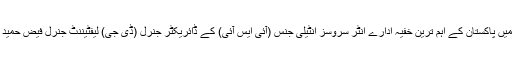
سرکاری طور پر جاری ہونے والی ویڈیو میں پاکستان کے اہم ترین خفیہ ادارے انٹر سروسز انٹیلی جنس (آئی ایس آئی) کے ڈائریکٹر جنرل (ڈی جی) لیفٹیننٹ جنرل فیض حمید بھی وزیر اعظم کے ہمراہ نظر آ رہے ہیں۔